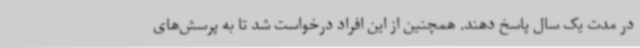
در مدت یک سال پاسخ دهند. همچنین از این افراد درخواست شد تا به پرسش‌های